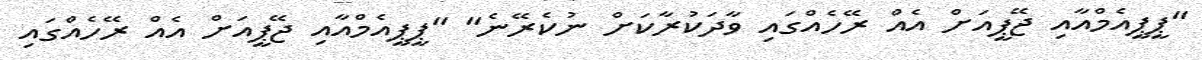
"ޕީޕީއެމްއާއި ޖޭޕީއަށް އެއް ރޭހެއްގައި ވާދަކުރާކަށް ނުކެރޭނެ" "ޕީޕީއެމްއާއި ޖޭޕީއަށް އެއް ރޭހެއްގައި